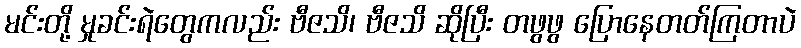
မင်းတို့ မှုခင်းရဲတွေကလည်း ဗီဇသိ၊ ဗီဇသိ ဆိုပြီး တဖွဖွ ပြောနေတတ်ကြတာပဲ